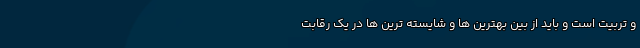
و تربیت است و باید از بین بهترین ها و شایسته ترین ها در یک رقابت